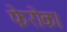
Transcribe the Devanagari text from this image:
फेरोक।